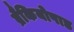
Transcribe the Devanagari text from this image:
ब्रैकियोपाड